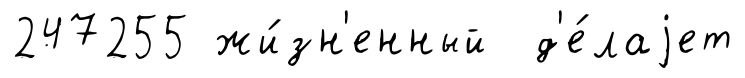
247255 жи́зн'енный д'е́лаjет